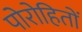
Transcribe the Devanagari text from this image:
पोरोहितों